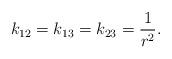
LaTeX: \begin{align*}k_{12}=k_{13}=k_{23}=\frac{1}{r^2}.\end{align*}